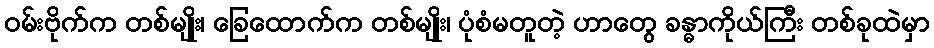
ဝမ်းဗိုက်က တစ်မျိုး၊ ခြေထောက်က တစ်မျိုး၊ ပုံစံမတူတဲ့ ဟာတွေ ခန္ဓာကိုယ်ကြီး တစ်ခုထဲမှာ